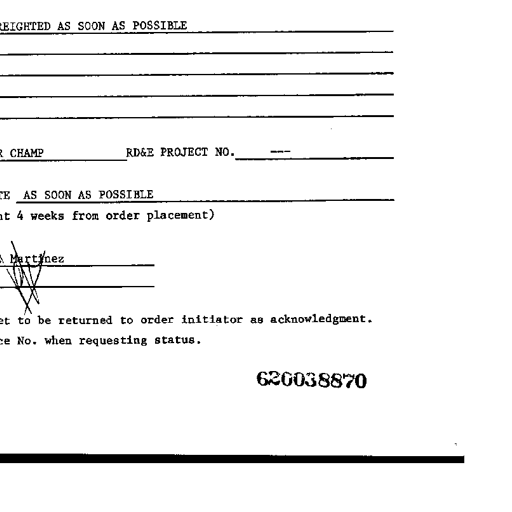
REIGHTED AS SOON AS POSSIBLE

CHAMP RD&E PROJECT NO. ---

TE AS SOON AS POSSIBLE

t 4 weeks from order placement)

A Martinez

et to be returned to order initiator as acknowledgment.
ce No. when requesting status.

620038870